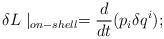
LaTeX: \begin{align*}\delta L \mid_{on-shell} = \frac{d}{dt}(p_i \delta q^i);\end{align*}